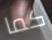
كما